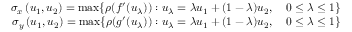
\begin{array} { r } { \sigma _ { x } \left( u _ { 1 } , u _ { 2 } \right) = \operatorname* { m a x } \{ \rho ( f ^ { \prime } ( u _ { \lambda } ) ) : u _ { \lambda } = \lambda u _ { 1 } + ( 1 - \lambda ) u _ { 2 } , \quad 0 \le \lambda \le 1 \} } \\ { \sigma _ { y } \left( u _ { 1 } , u _ { 2 } \right) = \operatorname* { m a x } \{ \rho ( g ^ { \prime } ( u _ { \lambda } ) ) : u _ { \lambda } = \lambda u _ { 1 } + ( 1 - \lambda ) u _ { 2 } , \quad 0 \le \lambda \le 1 \} } \end{array}